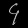
Digit: ၄